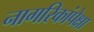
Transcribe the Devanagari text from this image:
नागरिकांपेक्षा